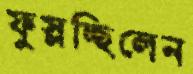
ফুস্‌লচ্ছিলেন